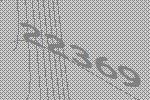
22369